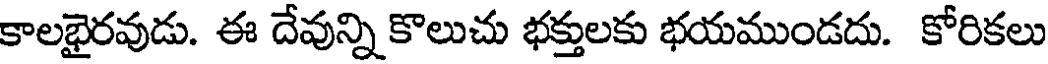
కాలభైరవుడు. ఈ దేవున్ని కొలుచు భక్తులకు భయముండదు. కోరికలు